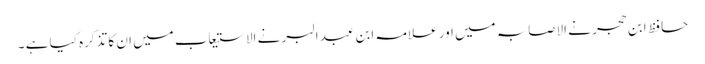
حافظ ابن حجر نے الاصابہ میں اور علامہ ابن عبد البر نے الاستیعاب میں ان کا تذکرہ کیا ہے ۔